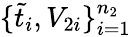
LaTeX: \{ \tilde{t}_{i},V_{2i}\} _{i=1}^{n_{2}}